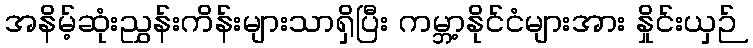
အနိမ့်ဆုံးညွှန်းကိန်းများသာရှိပြီး ကမ္ဘာ့နိုင်ငံများအား နှိုင်းယှဉ်